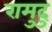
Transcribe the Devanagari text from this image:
रामुदु